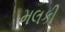
મલકી